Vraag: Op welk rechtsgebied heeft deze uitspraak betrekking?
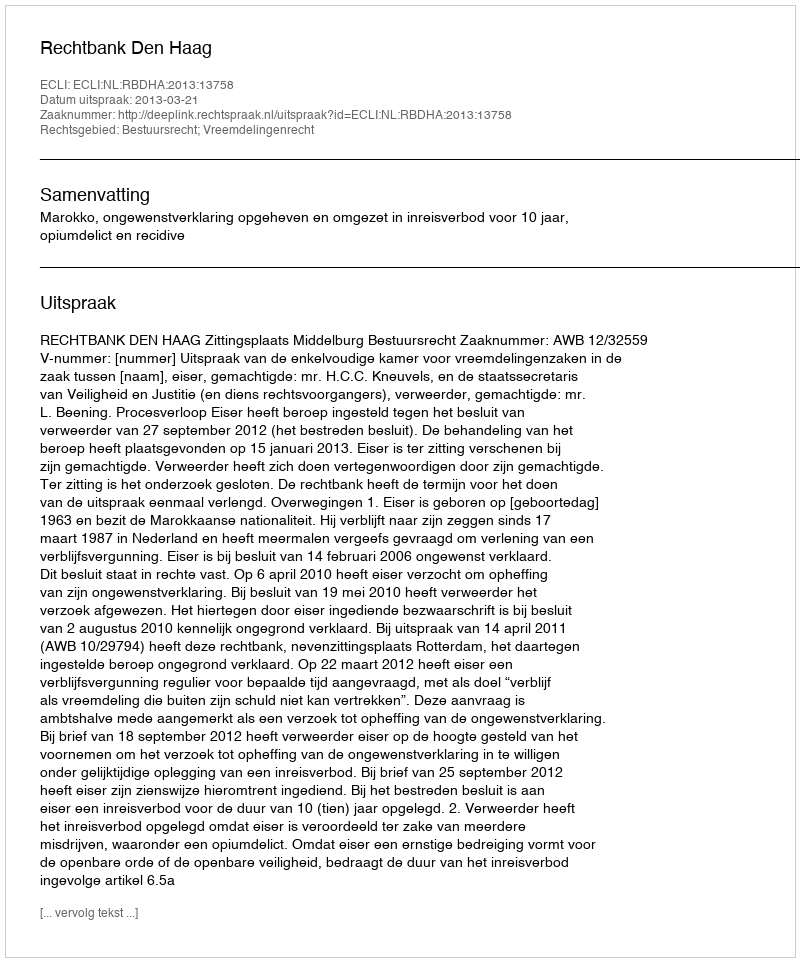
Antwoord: Bestuursrecht; Vreemdelingenrecht